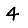
Digit: 4